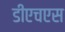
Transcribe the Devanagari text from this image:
डीएचएस